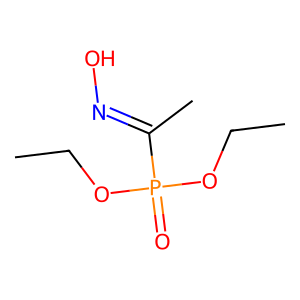
SMILES: CCOP(=O)(OCC)C(C)=NO
Inhibits HIV replication: No